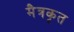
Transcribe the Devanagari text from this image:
मैत्रकृत